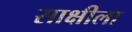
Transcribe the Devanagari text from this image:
साक्षीला